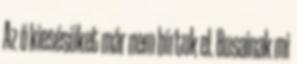
Az ő kiesésüket már nem bírtuk el. Busainak mi